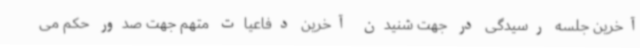
آخرین جلسه رسیدگی در جهت شنیدن آخرین دفاعیات متهم جهت صدور حکم می